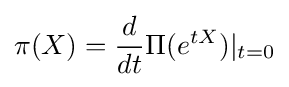
\pi (X)={\frac {d}{dt}}\Pi (e^{tX})|_{t=0}